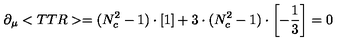
\partial _ { \mu } < T T R > = ( N _ { c } ^ { 2 } - 1 ) \cdot \left[ \mathrm { \vspace { 2 e x } \mathrm { 1 } \vspace { 0 e x } } \right] + 3 \cdot ( N _ { c } ^ { 2 } - 1 ) \cdot \left[ - \frac { 1 } { 3 } \right] = 0